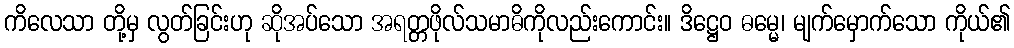
ကိလေသာ တို့မှ လွတ်ခြင်းဟု ဆိုအပ်သော အရတ္တဖိုလ်သမာဓိကိုလည်းကောင်း။ ဒိဋ္ဌေဝ ဓမ္မေ၊ မျက်မှောက်သော ကိုယ်၏